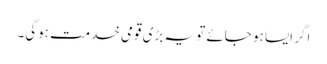
اگر ایسا ہو جائے تو یہ بڑی قومی خدمت ہوگی۔